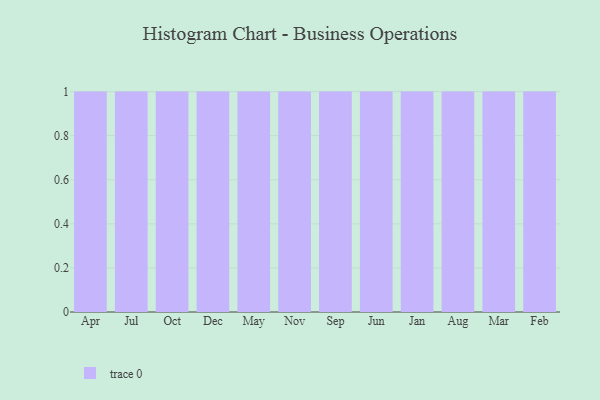
{"axis": {"x": "Month", "y": "LTV (USD)"}, "legend": [""], "data": [{"x": "Apr", "y": 46, "type": ""}, {"x": "Jul", "y": 4, "type": ""}, {"x": "Oct", "y": 93, "type": ""}, {"x": "Dec", "y": 86, "type": ""}, {"x": "May", "y": 25, "type": ""}, {"x": "Nov", "y": 13, "type": ""}, {"x": "Sep", "y": 82, "type": ""}, {"x": "Jun", "y": 87, "type": ""}, {"x": "Jan", "y": 2, "type": ""}, {"x": "Aug", "y": 5, "type": ""}, {"x": "Mar", "y": 28, "type": ""}, {"x": "Feb", "y": 8, "type": ""}]}